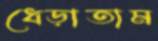
ধেড়াতাম